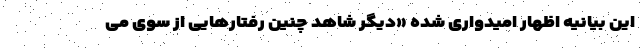
این بیانیه اظهار امیدواری شده «دیگر شاهد چنین رفتارهایی از سوی می